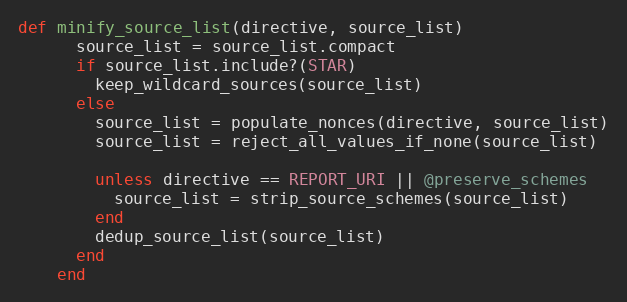
Language: Ruby
def minify_source_list(directive, source_list)
      source_list = source_list.compact
      if source_list.include?(STAR)
        keep_wildcard_sources(source_list)
      else
        source_list = populate_nonces(directive, source_list)
        source_list = reject_all_values_if_none(source_list)

        unless directive == REPORT_URI || @preserve_schemes
          source_list = strip_source_schemes(source_list)
        end
        dedup_source_list(source_list)
      end
    end